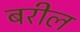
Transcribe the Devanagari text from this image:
बरील